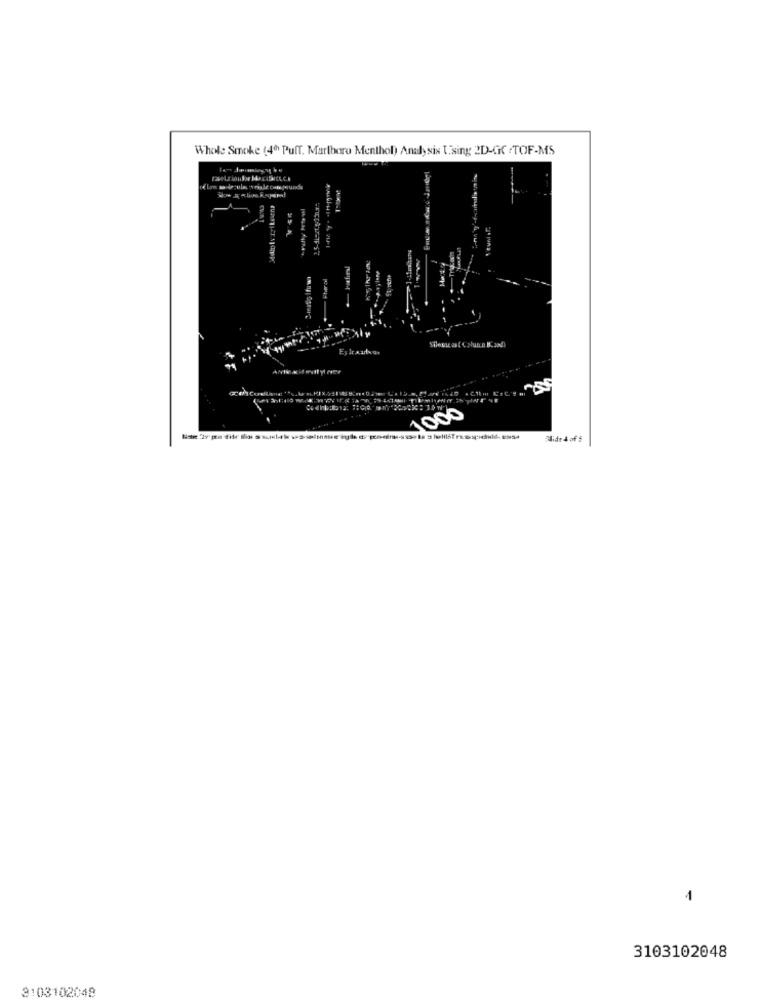
Whole Smoke (4th Puff. Marlboro Menthol) Analy six Using 2D-GC TOF-MS.
Elon m de-ulas seigle comegesunde
Mart 9
Eylr.a.art
1000
lide 4 of 5
3103102048
3103102048